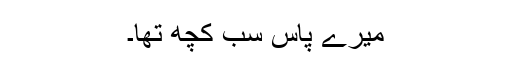
میرے پاس سب کچھ تھا۔